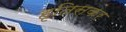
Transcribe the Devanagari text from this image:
हृतिसकर